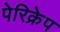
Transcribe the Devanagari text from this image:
पेरिक्रेप